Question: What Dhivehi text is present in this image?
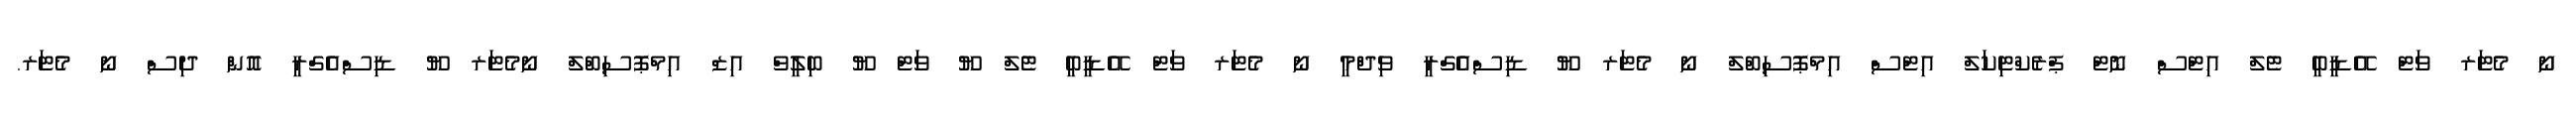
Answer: ނޯ މެޓަރ ވަޓް އޭޑީބީ ޓެލް އިޓްސް ނޮޓް ޕްރެކްޓިކަލް އިޓްސް އިމްޕޮސިބްލް ނޯ މެޓަރ ޔޫ ޑިސްއެގްރީ ވިދްމީ ނޯ މެޓަރ ވަޓް އޭޑީބީ ޓެލް ޔޫ ވަޓް ޔޫ ބިލީވް އިޒް އިމްޕޮސިބްލް ނޯމެޓަރ ޔޫ ޑިސްއެގްރީ އޮން ދިސް ނޯ މެޓަރ.